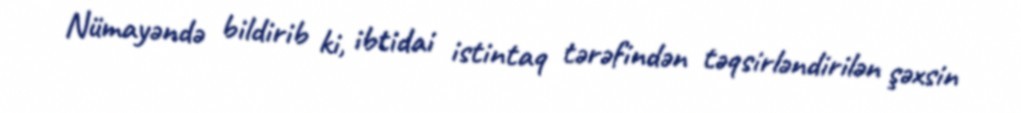
Nümayəndə bildirib ki, ibtidai istintaq tərəfindən təqsirləndirilən şəxsin